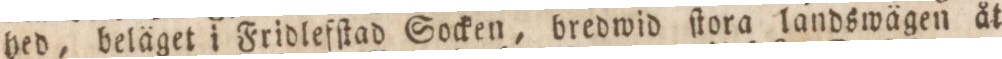
hed, beläget i Fridlefſtad Socken, bredwid ſtora landswägen åt